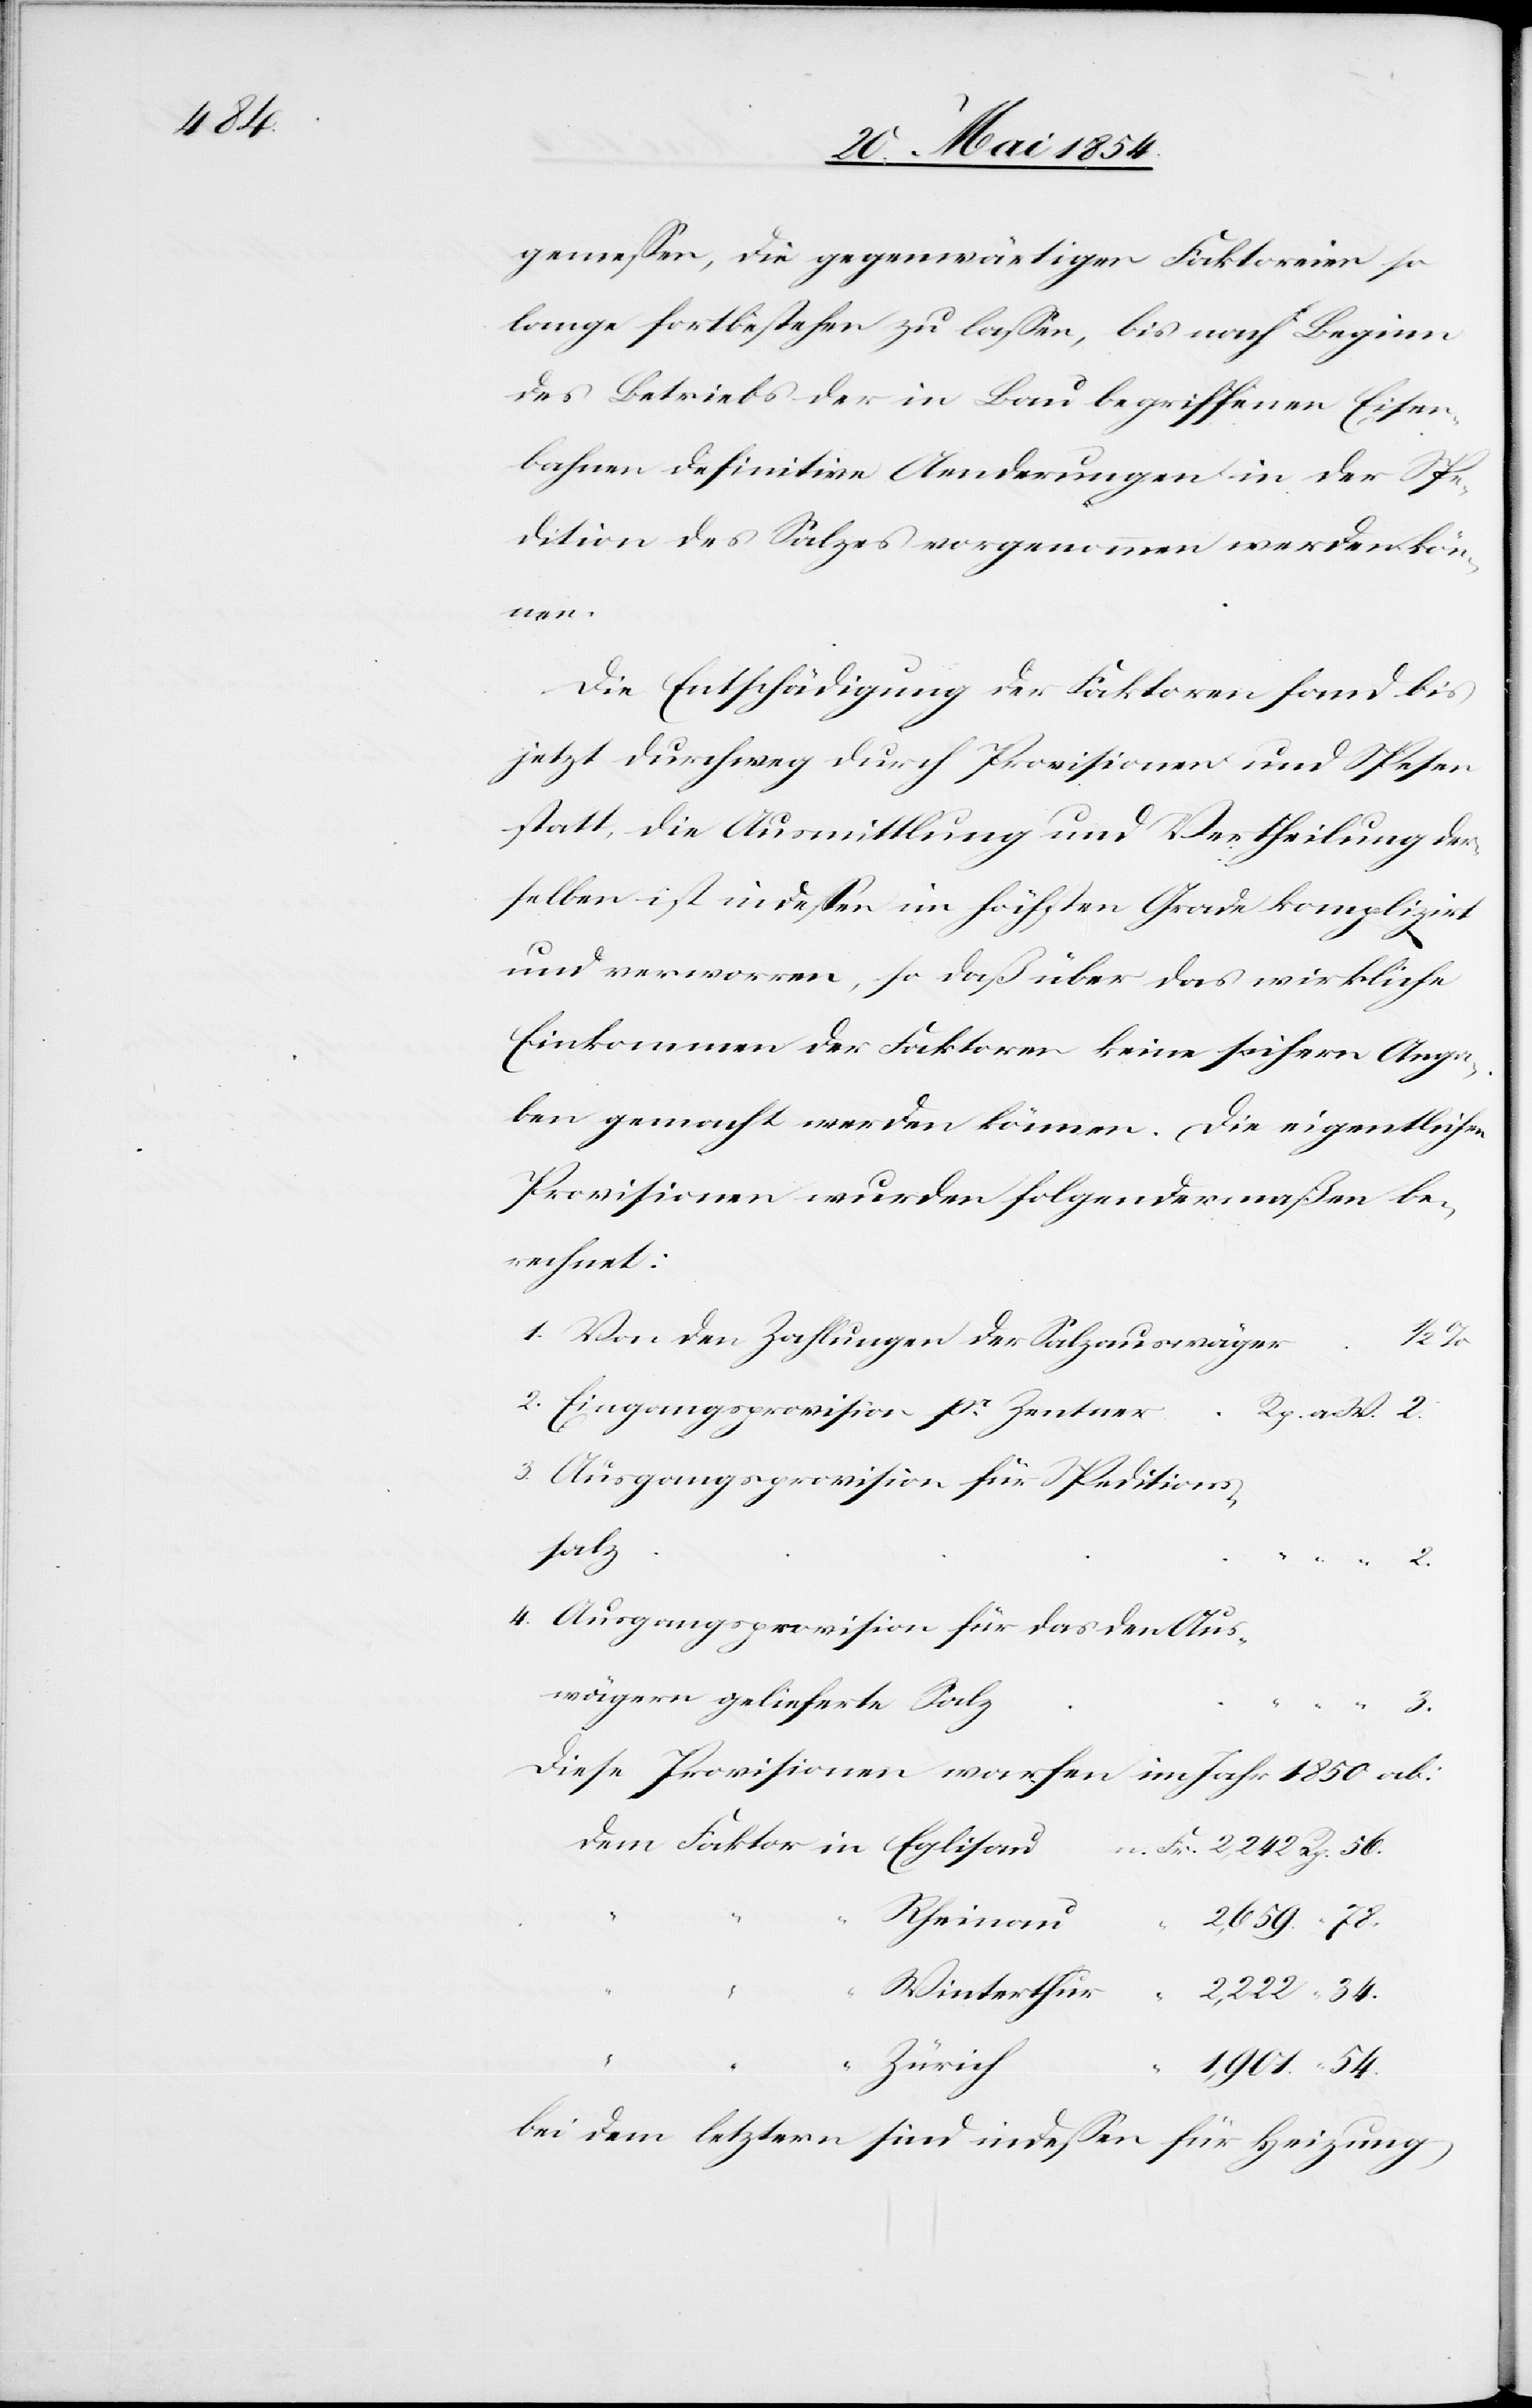
gemeßen, die gegenwärtigen Faktoreien so
lange fortbestehen zu laßen, bis nach Beginn
des Betriebs der in Bau begriffenen Eisen¬
bahnen definitive Aenderungen in der Spe¬
dition des Salzes vorgenommen werden kön¬
nen.
Die Entschädigung der Faktoren fand bis
jetzt durchweg durch Provisionen und Spesen
statt, die Ausmittlung und Vertheilung der¬
selben ist indeßen im höchsten Grade komplizirt
und verworren, so daß über das wirkliche
Einkommen der Faktoren keine sichern Anga¬
ben gemacht werden können. Die eigentlichen
Provisionen wurden folgendermaßen be¬
rechnet:
Von den Zahlungen der Salzauswäger
2,222
Eingangsprovision pr Zentner
Rp. a. W.
Ausgangsprovision für Speditions¬
salz
Ausgangsprovision für das den Aus¬
wägern gelieferte Salz
54.
78.
Diese Provisionen warfen im Jahr 1850 ab:
“
Zürich
1,901.
bei dem letztern sind indeßen für Heizung